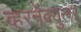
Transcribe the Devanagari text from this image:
व्हरनॅक्युलर